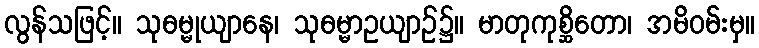
လွန်သဖြင့်။ သုဓမ္မုယျာနေ၊ သုဓမ္မာဥယျာဉ်၌။ မာတုကုစ္ဆိတော၊ အမိဝမ်းမှ။